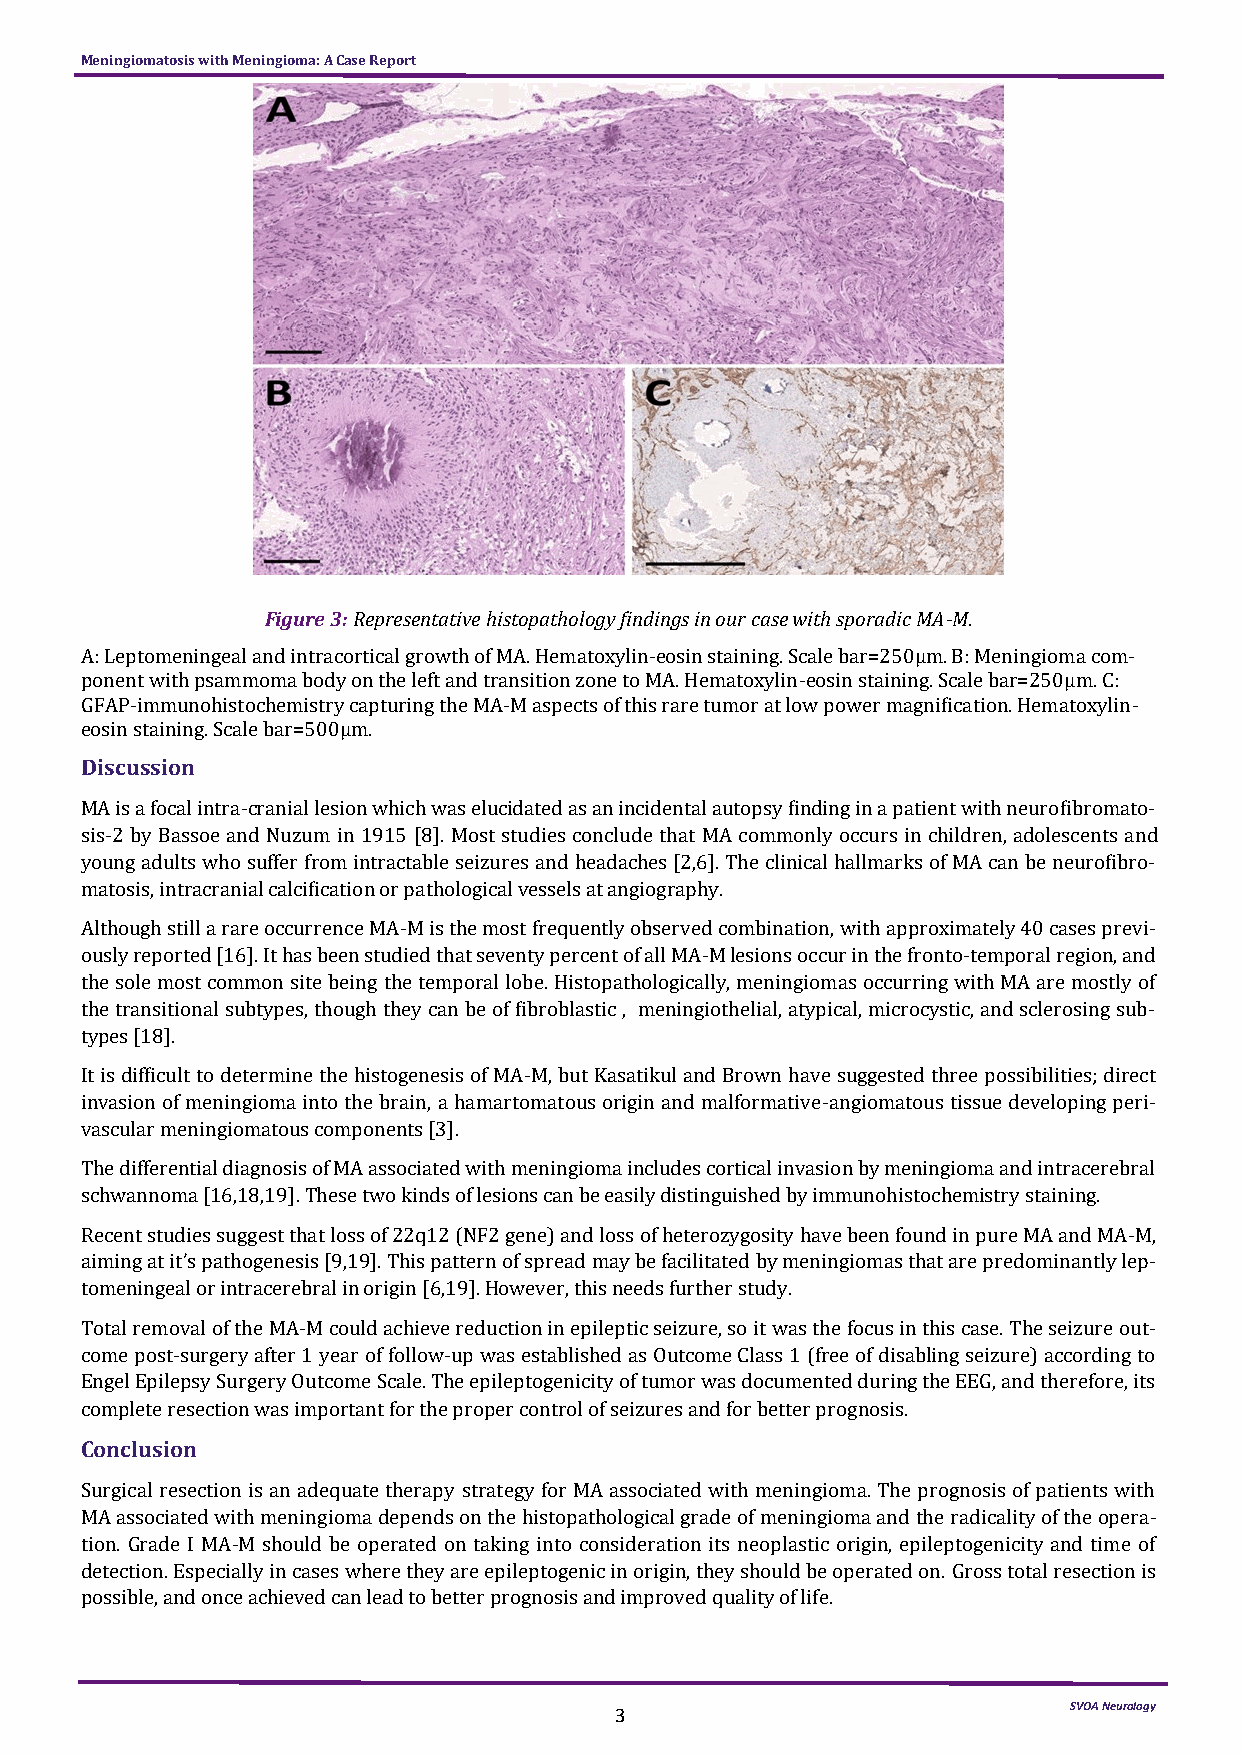
Meningiomatosis with Meningioma: A Case Report
 Figure 3: Representative histopathology findings in our case with sporadic MA-M.
 A: Leptomeningeal and intracortical growth of MA. Hematoxylin-eosin staining. Scale bar=250µm. B: Meningioma com-
 ponent with psammoma body on the left and transition zone to MA. Hematoxylin-eosin staining. Scale bar=250µm. C:
 GFAP-immunohistochemistry capturing the MA-M aspects of this rare tumor at low power magnification. Hematoxylin-
 eosin staining. Scale bar=500µm.
 Discussion
 MA is a focal intra-cranial lesion which was elucidated as an incidental autopsy finding in a patient with neurofibromato-
 sis-2 by Bassoe and Nuzum in 1915 [8]. Most studies conclude that MA commonly occurs in children, adolescents and
 young adults who suffer from intractable seizures and headaches [2,6]. The clinical hallmarks of MA can be neurofibro-
 matosis, intracranial calcification or pathological vessels at angiography.
 Although still a rare occurrence MA-M is the most frequently observed combination, with approximately 40 cases previ-
 ously reported [16]. It has been studied that seventy percent of all MA-M lesions occur in the fronto-temporal region, and
 the sole most common site being the temporal lobe. Histopathologically, meningiomas occurring with MA are mostly of
 the transitional subtypes, though they can be of fibroblastic , meningiothelial, atypical, microcystic, and sclerosing sub-
 types [18].
 It is difficult to determine the histogenesis of MA-M, but Kasatikul and Brown have suggested three possibilities; direct
 invasion of meningioma into the brain, a hamartomatous origin and malformative-angiomatous tissue developing peri-
 vascular meningiomatous components [3].
 The differential diagnosis of MA associated with meningioma includes cortical invasion by meningioma and intracerebral
 schwannoma [16,18,19]. These two kinds of lesions can be easily distinguished by immunohistochemistry staining.
 Recent studies suggest that loss of 22q12 (NF2 gene) and loss of heterozygosity have been found in pure MA and MA-M,
 aiming at it’s pathogenesis [9,19]. This pattern of spread may be facilitated by meningiomas that are predominantly lep-
 tomeningeal or intracerebral in origin [6,19]. However, this needs further study.
 Total removal of the MA-M could achieve reduction in epileptic seizure, so it was the focus in this case. The seizure out-
 come post-surgery after 1 year of follow-up was established as Outcome Class 1 (free of disabling seizure) according to
 Engel Epilepsy Surgery Outcome Scale. The epileptogenicity of tumor was documented during the EEG, and therefore, its
 complete resection was important for the proper control of seizures and for better prognosis.
 Conclusion
 Surgical resection is an adequate therapy strategy for MA associated with meningioma. The prognosis of patients with
 MA associated with meningioma depends on the histopathological grade of meningioma and the radicality of the opera-
 tion. Grade I MA-M should be operated on taking into consideration its neoplastic origin, epileptogenicity and time of
 detection. Especially in cases where they are epileptogenic in origin, they should be operated on. Gross total resection is
 possible, and once achieved can lead to better prognosis and improved quality of life.
 3                             SVOA Neurology